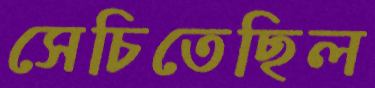
সেচিতেছিল